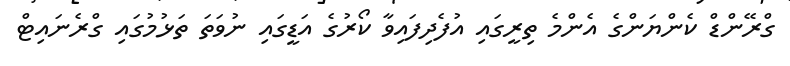
ގްރޭންޑް ކެންޔަންގެ އެންމެ ތިރީގައި އުފެދިފައިވާ ކޯރުގެ އަޑީގައި ނުވަތަ ތަޅުމުގައި ގްރެނައިޓް